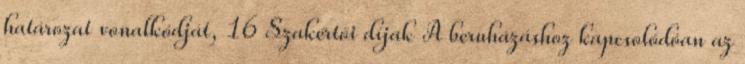
határozat vonalkódját, 16 Szakértői díjak A beruházáshoz kapcsolódóan az